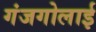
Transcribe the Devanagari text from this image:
गंजगोलाई